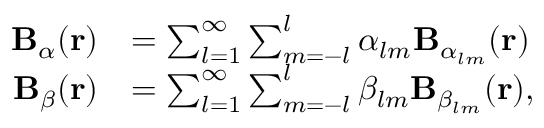
\begin{array} { r l } { \mathbf { B } _ { \alpha } ( \mathbf { r } ) } & { = \sum _ { l = 1 } ^ { \infty } \sum _ { m = - l } ^ { l } \alpha _ { l m } \mathbf { B } _ { \alpha _ { l m } } ( \mathbf { r } ) } \\ { \mathbf { B } _ { \beta } ( \mathbf { r } ) } & { = \sum _ { l = 1 } ^ { \infty } \sum _ { m = - l } ^ { l } \beta _ { l m } \mathbf { B } _ { \beta _ { l m } } ( \mathbf { r } ) , } \end{array}